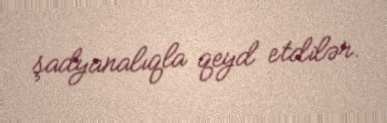
şadyanalıqla qeyd etdilər.